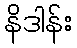
နိဒါန်း